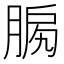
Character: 𦜛